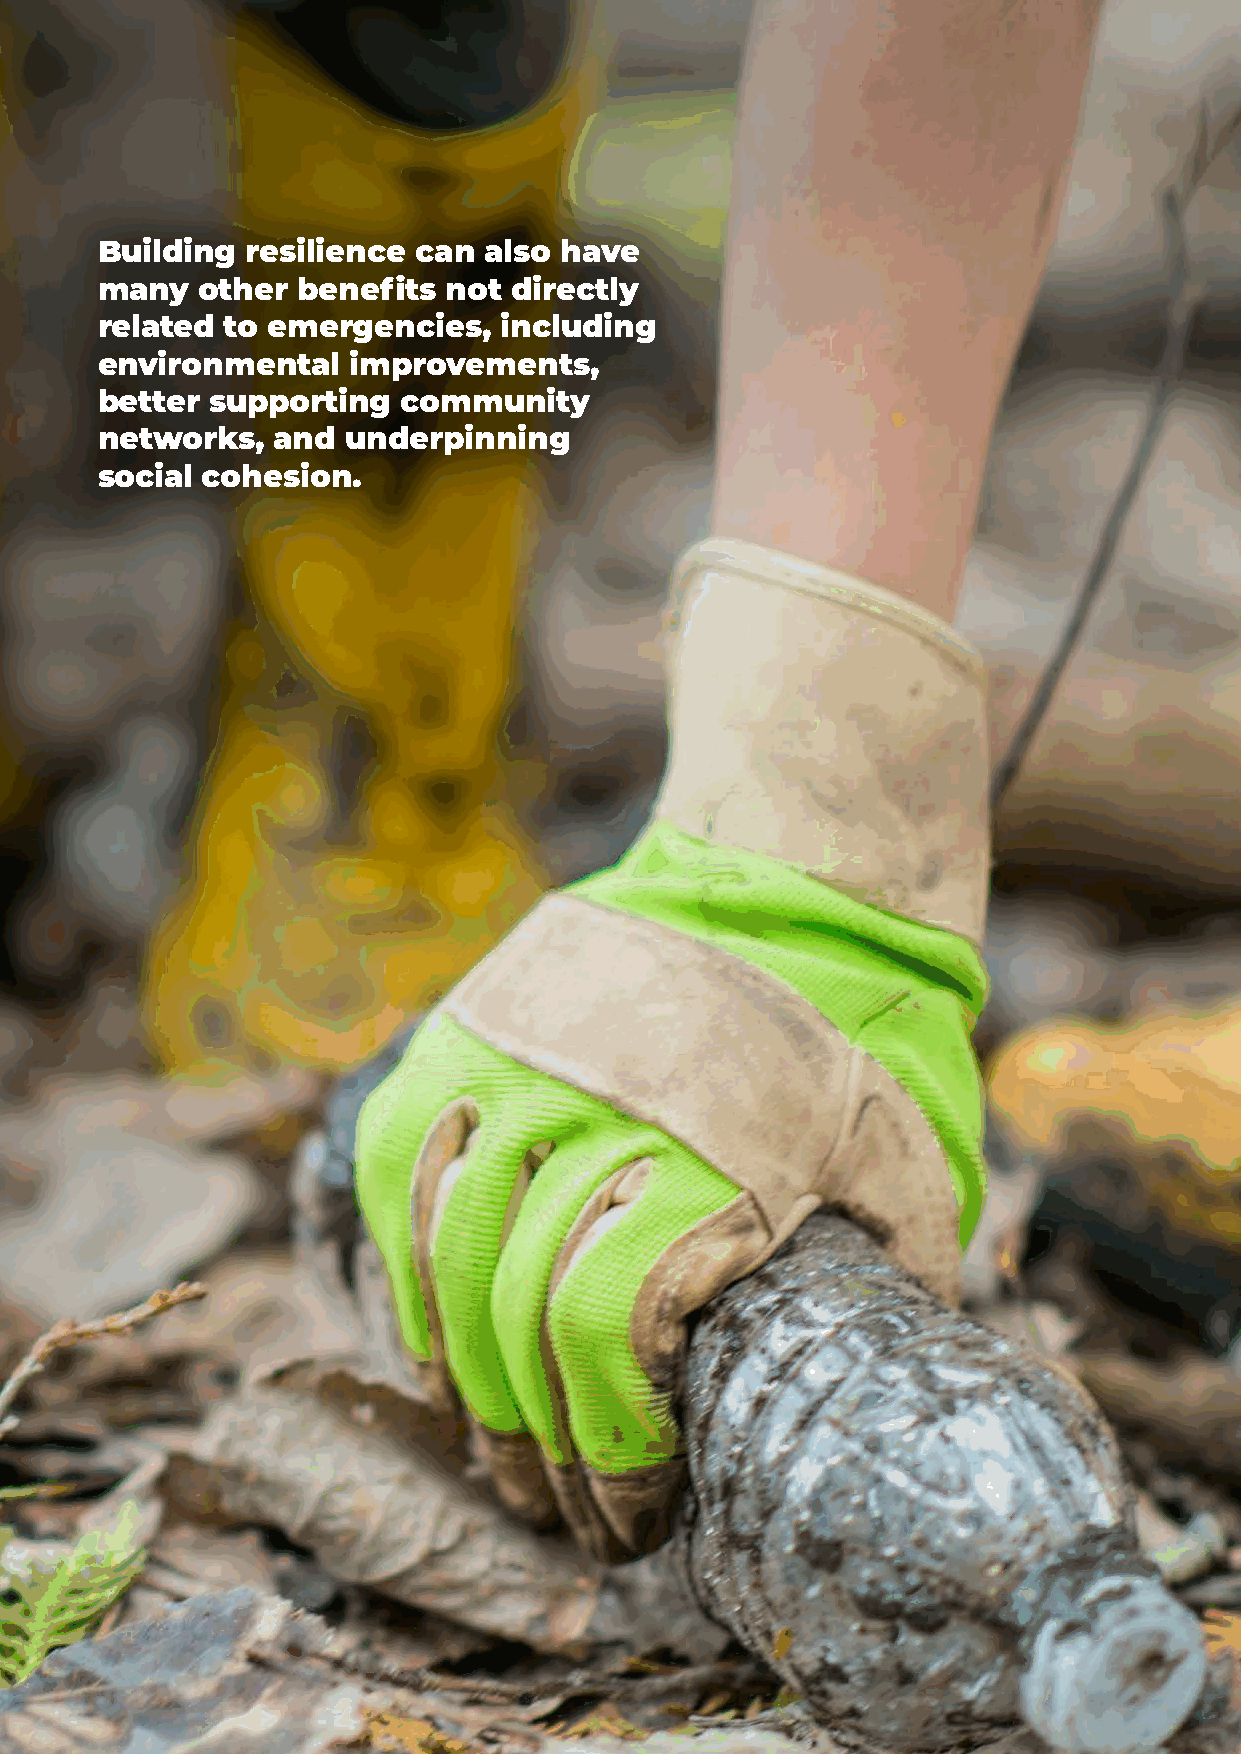
Building  resilience can  also have
 many   other  benefits  not directly
 related  to emergencies,   including
 environmental    improvements,
 better  supporting   community
 networks,   and  underpinning
 social cohesion.